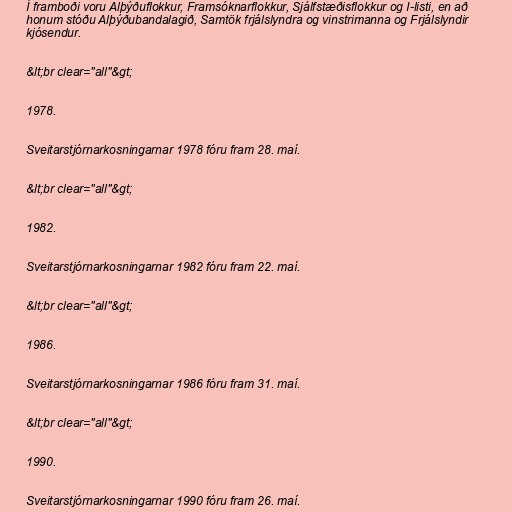
Í framboði voru Alþýðuflokkur, Framsóknarflokkur, Sjálfstæðisflokkur og I-listi, en að
honum stóðu Alþýðubandalagið, Samtök frjálslyndra og vinstrimanna og Frjálslyndir
kjósendur.

&lt;br clear="all"&gt;

1978.

Sveitarstjórnarkosningarnar 1978 fóru fram 28. maí.

&lt;br clear="all"&gt;

1982.

Sveitarstjórnarkosningarnar 1982 fóru fram 22. maí.

&lt;br clear="all"&gt;

1986.

Sveitarstjórnarkosningarnar 1986 fóru fram 31. maí.

&lt;br clear="all"&gt;

1990.

Sveitarstjórnarkosningarnar 1990 fóru fram 26. maí.